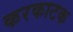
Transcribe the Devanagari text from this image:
करकाटक